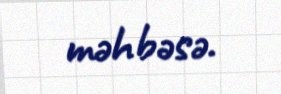
məhbəsə.